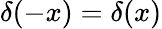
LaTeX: \delta(-x)=\delta(x)